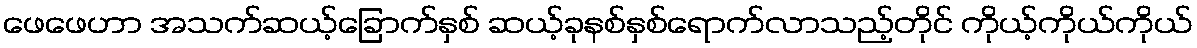
ဖေဖေဟာ အသက်ဆယ့်ခြောက်နှစ် ဆယ့်ခုနစ်နှစ်ရောက်လာသည့်တိုင် ကိုယ့်ကိုယ်ကိုယ်